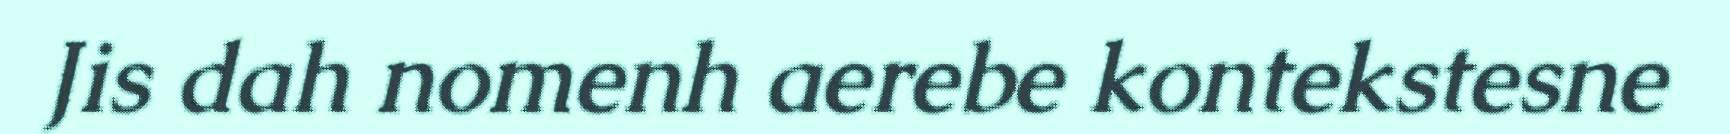
Jis dah nomenh aerebe kontekstesne